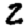
Digit: 2